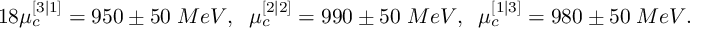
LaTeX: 1 8 \mu _ { c } ^ { [ 3 | 1 ] } = 9 5 0 \pm 5 0 \; M e V , \; \; \mu _ { c } ^ { [ 2 | 2 ] } = 9 9 0 \pm 5 0 \; M e V , \; \; \mu _ { c } ^ { [ 1 | 3 ] } = 9 8 0 \pm 5 0 \; M e V .